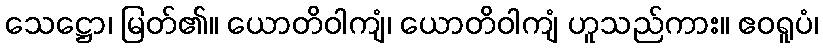
သေဋ္ဌော၊ မြတ်၏။ ယောတိဝါကျံ၊ ယောတိဝါကျံ ဟူသည်ကား။ ဧဝရူပံ၊